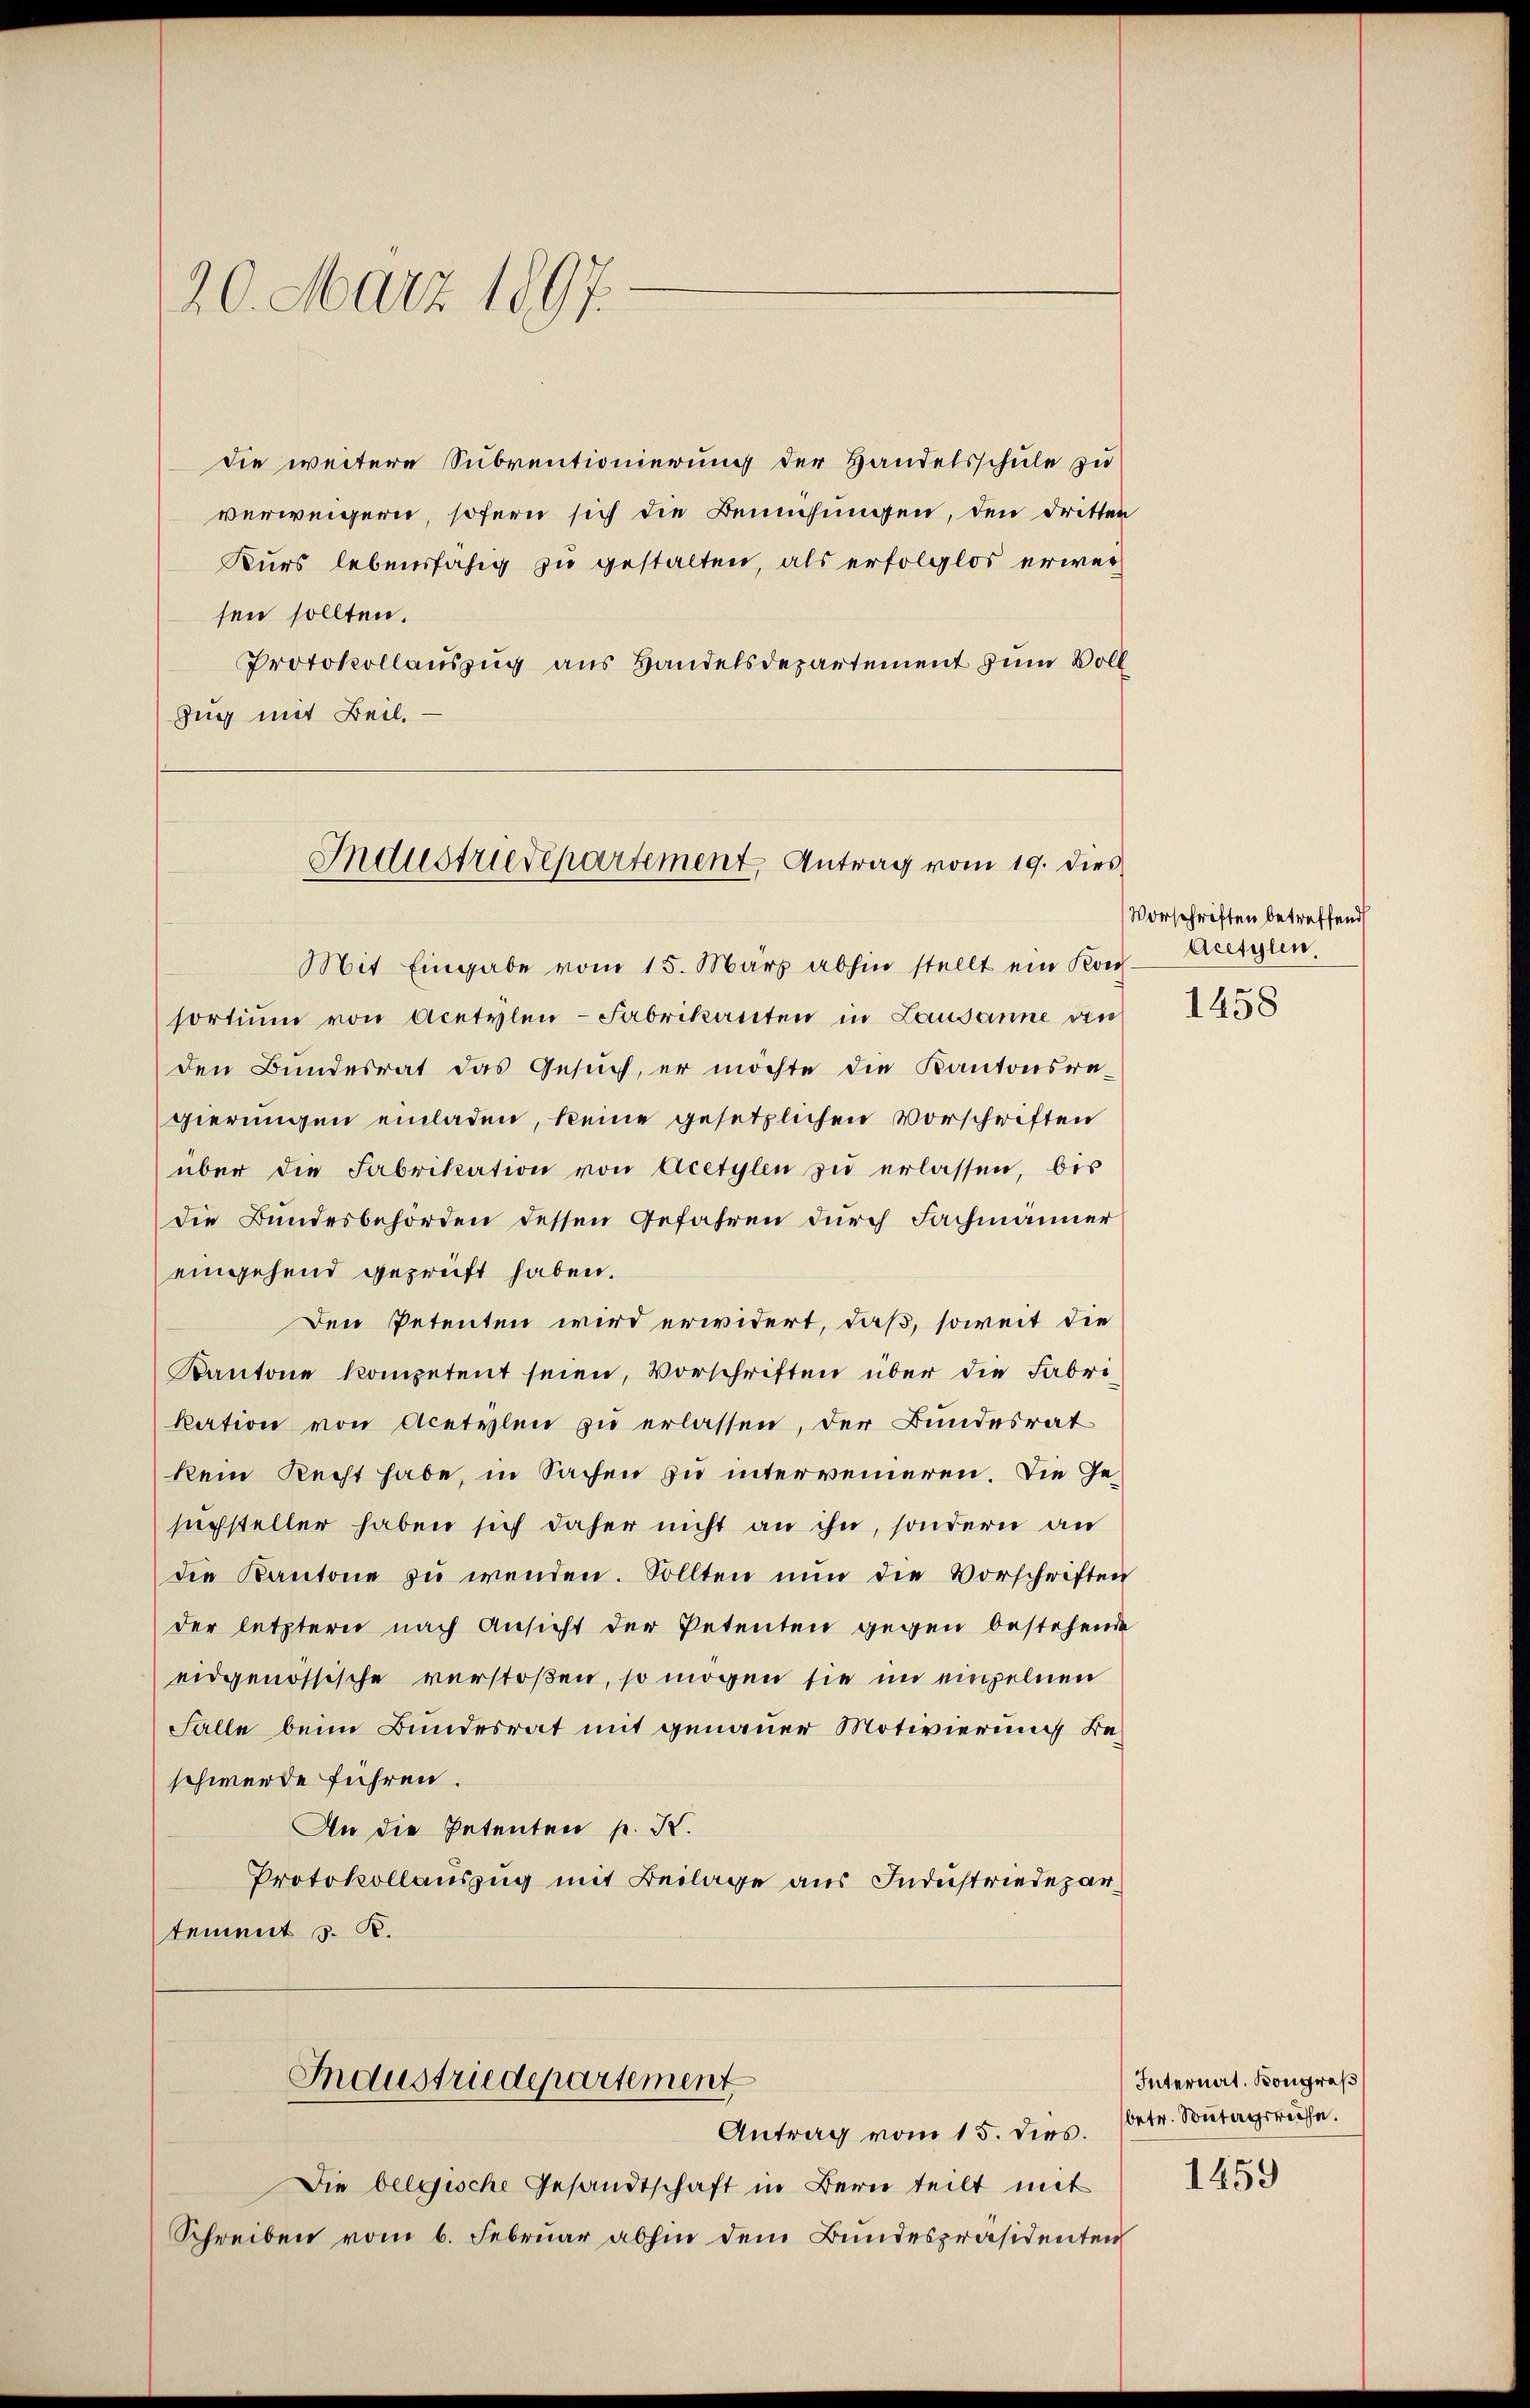
20. März 1897.

die weitere Subventionierung der Handelsschule zu
verweigern, sofern sich die Bemühungen, den dritten
Kurs lebensfähig zu gestalten, als erfolglos erwerfen sollten.
Protokollauszug aus Handelsdepartement zum Voll
Zug mit Beil.

Industriedepartement, Antrag vom 19. dies

Mit Eingabe vom 15. März abhin stellt ein Kons.
sortium von Acetylen-Fabrikanten in Lausanne den
den Bundesrat das Gesuch, er möchte die Kantonsre-
gierungen einladen, keine gesetzlichen Vorschriften
über die Fabrikation von Acetylen zŭ erlassen, bis
die Bundesbehörden dessen Gefahren durch Fachmänner
eingehend geprüft haben.
Den Petenten wird erwidert, daß, soweit die
Kantone kompetent seien, Vorschriften über die Fabri-
kation von Acetylen zu erlassen, der Bundesrat
kein Recht habe, in Sachen zu interreineren. Die Gesuchsteller haben sich daher nicht an ihn, sondern an
die Kantone zŭ wenden. Sollten nun die Vorschriften
der letztern nach Ansicht der Petenten gegen bestehende
eidgenössische verstoßen, so mögen sie im einzelnen
Falle beim Bundesrat mit genauer Motivierung Beschwerde führen.
An die Petenten p. K.
Protokollauszug mit Beilage aus Industriedepartement S. K.
Industriedepartement
Antrag vom 15. dies. betr. Sontagsruhe.
Die belgische Gesandtschaft in Bern teilt mit
Schreiben vom 6. Februar abhin dem Bundespräsidenten

Vorschriften betreffend
Acefylen

1458

Internat. Kongreß

1459